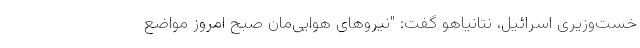
خست‌وزیری اسرائیل، نتانیاهو گفت: "نیروهای هوایی‌مان صبح امروز مواضع